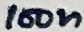
Text: 100n